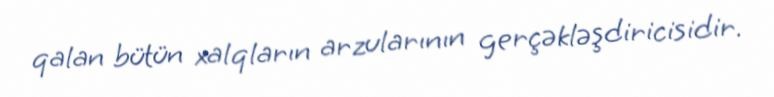
qalan bütün xalqların arzularının gerçəkləşdiricisidir.